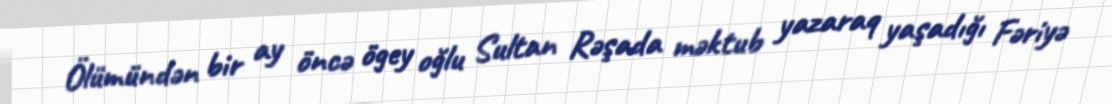
Ölümündən bir ay öncə ögey oğlu Sultan Rəşada məktub yazaraq yaşadığı Fəriyə